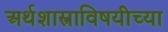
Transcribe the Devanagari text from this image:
अर्थशास्त्राविषयीच्या